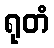
ရုတံ